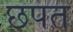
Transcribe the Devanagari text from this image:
छपत